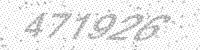
Solution: 471926